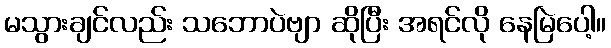
မသွားချင်လည်း သဘောပဲဗျာ ဆိုပြီး အရင်လို နေမြဲပေါ့။